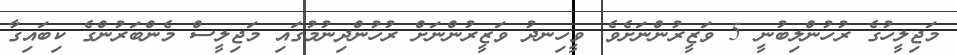
މަޖިލީހުގެ ރުހުންލިބުނީ 5 ވަޒީރުންނަށެވެ. ވީހިނދު ވަޒީރުންނަށް ރުހުންދިނުމުގައި މަޖިލީސް މެންބަރުންގެ ކިބައިގާ